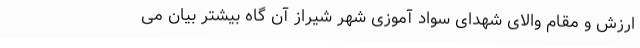
ارزش و مقام والای شهدای سواد آموزی شهر شیراز آن گاه بیشتر بیان می